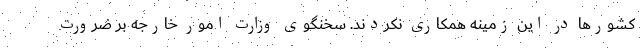
کشور‌ها در این زمینه همکاری نکردند. سخنگوی وزارت امور خارجه بر ضرورت